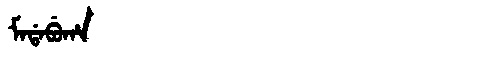
Manchu: ᠮᠠᡩᠠᠪᡠᡥᠠ
Romanization: MADABUHA